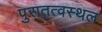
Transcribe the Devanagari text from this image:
पुरातत्वस्थल